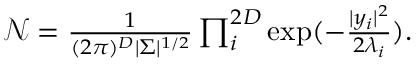
\begin{array} { r } { \mathcal { N } = \frac { 1 } { ( 2 \pi ) ^ { D } | \Sigma | ^ { 1 / 2 } } \prod _ { i } ^ { 2 D } \exp ( - \frac { | y _ { i } | ^ { 2 } } { 2 \lambda _ { i } } ) . } \end{array}